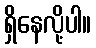
ရှိနေလို့ပါ။